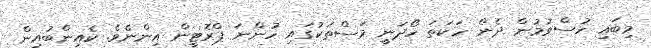
މިބައި ހުސްވުމުން ދެން ހަކަތަ ހޯދަނީ މަސްތަކުގައި ހުންނަ ޕްރޮޓީން އިންނެވެ. ކެއިންބުއިން